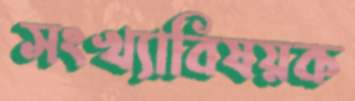
সংখ্যাবিষয়ক